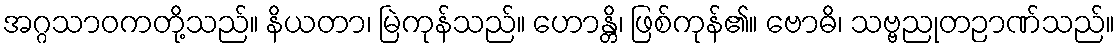
အဂ္ဂသာဝကတို့သည်။ နိယတာ၊ မြဲကုန်သည်။ ဟောန္တိ၊ ဖြစ်ကုန်၏။ ဗောဓိ၊ သဗ္ဗညုတဉာဏ်သည်။